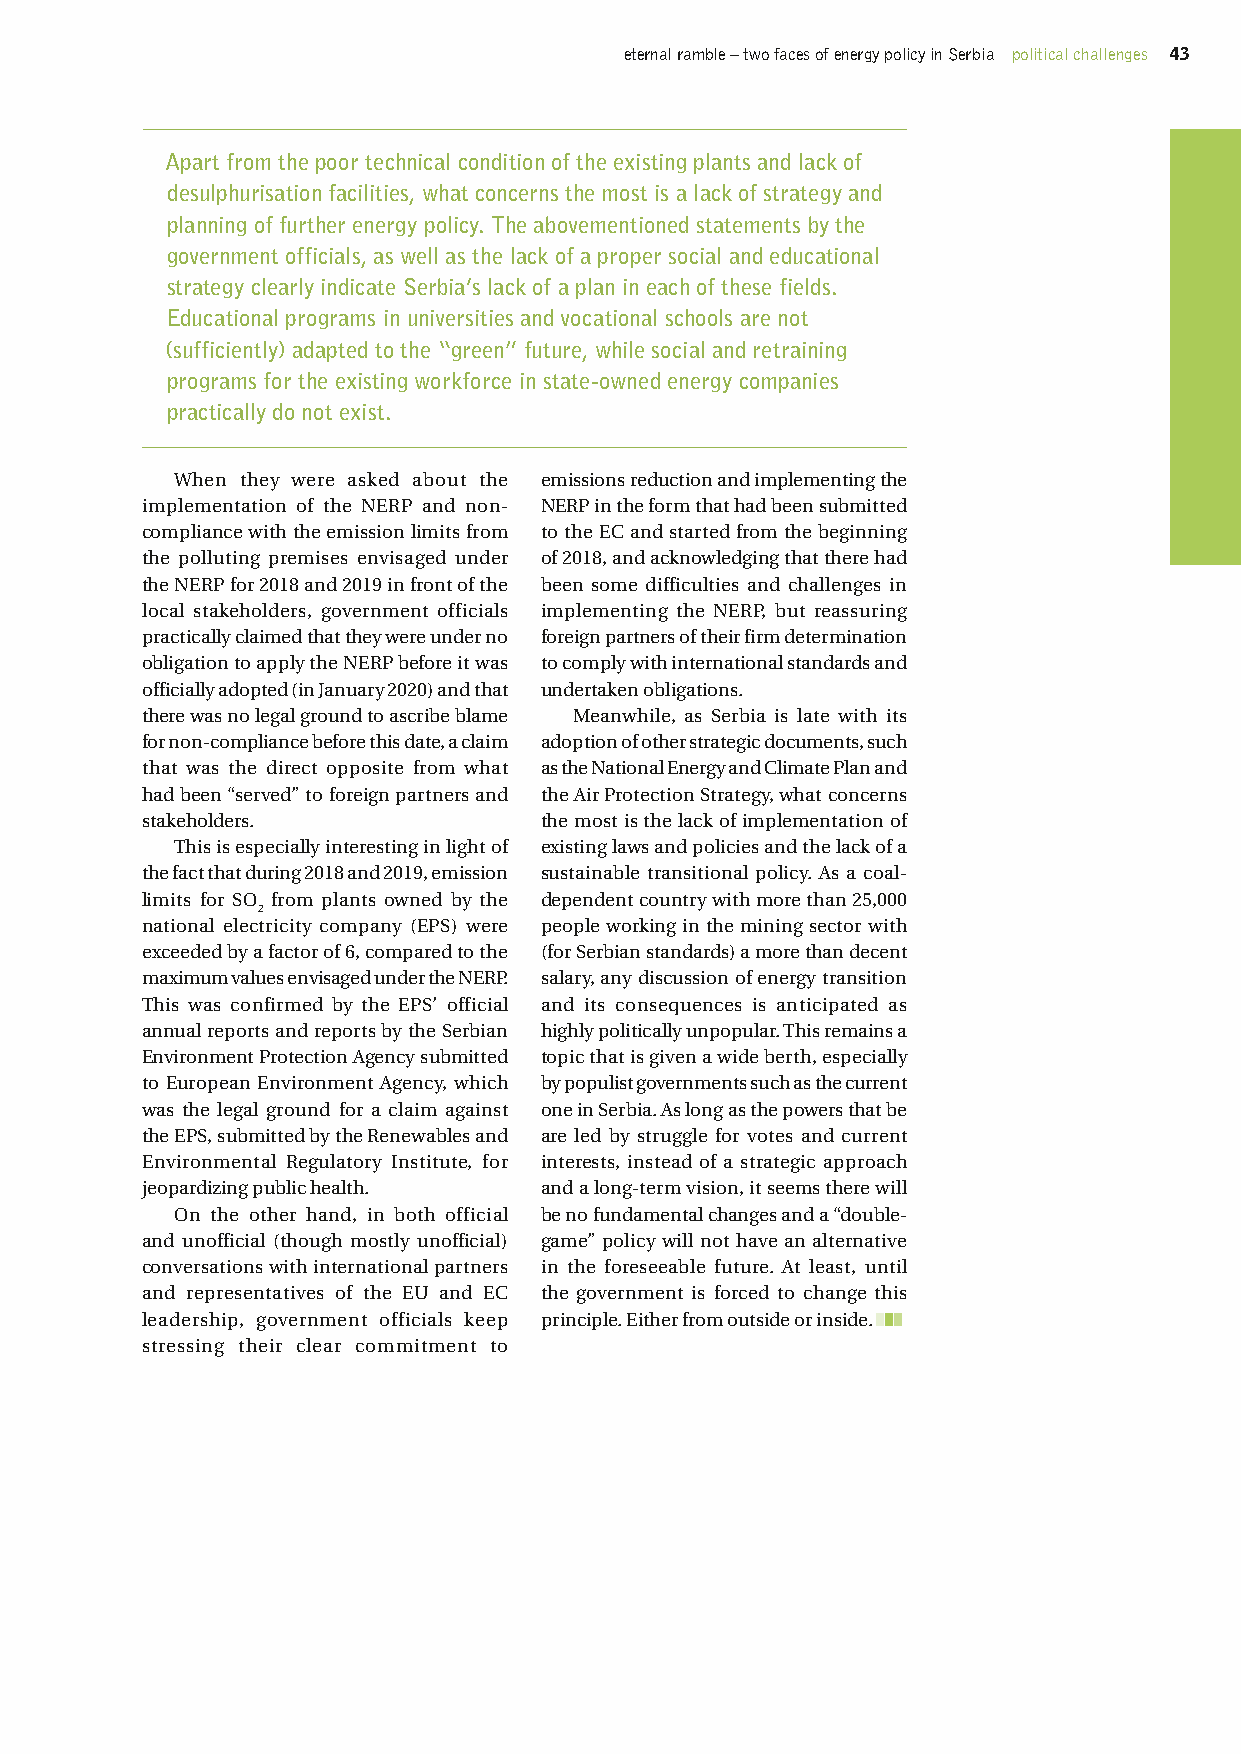
eternal ramble – two faces of energy policy in Serbia political challenges 43
 Apart from the poor technical condition of the existing plants and lack of
 desulphurisation facilities, what concerns the most is a lack of strategy and
 planning of further energy policy. The abovementioned statements by the
 government officials, as well as the lack of a proper social and educational
 strategy clearly indicate Serbia’s lack of a plan in each of these fields.
 Educational programs in universities and vocational schools are not
 (sufficiently) adapted to the “green” future, while social and retraining
 programs for the existing workforce in state-owned energy companies
 practically do not exist.
 When they were asked about the emissions reduction and implementing the
 implementation of the NERP and non- NERP in the form that had been submitted
 compliance with the emission limits from to the EC and started from the beginning
 the polluting premises envisaged under of 2018, and acknowledging that there had
 the NERP for 2018 and 2019 in front of the been some difficulties and challenges in
 local stakeholders, government officials implementing the NERP, but reassuring
 practically claimed that they were under no foreign partners of their firm determination
 obligation to apply the NERP before it was to comply with international standards and
 officially adopted (in January 2020) and that undertaken obligations.
 there was no legal ground to ascribe blame Meanwhile, as Serbia is late with its
 for non-compliance before this date, a claim adoption of other strategic documents, such
 that was the direct opposite from what as the National Energy and Climate Plan and
 had been “served” to foreign partners and the Air Protection Strategy, what concerns
 stakeholders.              the most is the lack of implementation of
 This is especially interesting in light of existing laws and policies and the lack of a
 the fact that during 2018 and 2019, emission sustainable transitional policy. As a coal-
 limits for SO from plants owned by the dependent country with more than 25,000
 2
 national electricity company (EPS) were people working in the mining sector with
 exceeded by a factor of 6, compared to the (for Serbian standards) a more than decent
 maximum values envisaged under the NERP. salary, any discussion of energy transition
 This was confirmed by the EPS’ official and its consequences is anticipated as
 annual reports and reports by the Serbian highly politically unpopular. This remains a
 Environment Protection Agency submitted topic that is given a wide berth, especially
 to European Environment Agency, which by populist governments such as the current
 was the legal ground for a claim against one in Serbia. As long as the powers that be
 the EPS, submitted by the Renewables and are led by struggle for votes and current
 Environmental Regulatory Institute, for interests, instead of a strategic approach
 jeopardizing public health. and a long-term vision, it seems there will
 On the other hand, in both official be no fundamental changes and a “double-
 and unofficial (though mostly unofficial) game” policy will not have an alternative
 conversations with international partners in the foreseeable future. At least, until
 and representatives of the EU and EC the government is forced to change this
 leadership, government officials keep principle. Either from outside or inside.
 stressing their clear commitment to